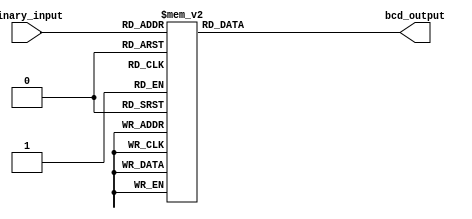
module BCD_Decoder(
    input [3:0] binary_input,
    output reg [9:0] bcd_output
);

always @(*) begin
    case(binary_input)
        4'b0000: bcd_output = 10'b0000000001; //output signal corresponding to input binary value is asserted
        4'b0001: bcd_output = 10'b0000000010; //output signal corresponding to input binary value is asserted
        4'b0010: bcd_output = 10'b0000000100; //output signal corresponding to input binary value is asserted
        4'b0011: bcd_output = 10'b0000001000; //output signal corresponding to input binary value is asserted
        4'b0100: bcd_output = 10'b0000010000; //output signal corresponding to input binary value is asserted
        4'b0101: bcd_output = 10'b0000100000; //output signal corresponding to input binary value is asserted
        4'b0110: bcd_output = 10'b0001000000; //output signal corresponding to input binary value is asserted
        4'b0111: bcd_output = 10'b0010000000; //output signal corresponding to input binary value is asserted
        4'b1000: bcd_output = 10'b0100000000; //output signal corresponding to input binary value is asserted
        4'b1001: bcd_output = 10'b1000000000; //output signal corresponding to input binary value is asserted
        default: bcd_output = 10'b0000000000;  //all other output signals are de-asserted
    endcase
end

endmodule